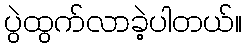
ပွဲထွက်လာခဲ့ပါတယ်။